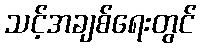
သင့်အချစ်ရေးတွင်